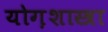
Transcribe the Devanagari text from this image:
योग़शास्त्रा